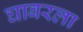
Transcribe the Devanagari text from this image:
घाबरला